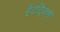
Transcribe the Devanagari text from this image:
हॅटट्रिकही